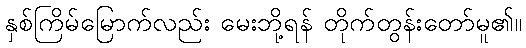
နှစ်ကြိမ်မြောက်လည်း မေးဘို့ရန် တိုက်တွန်းတော်မူ၏။